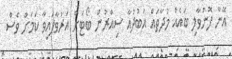
އޭނާ ފޮނުވާލި ބައެއް މުދާތައް އަބުދުއާ ސިއްރުން ބޯޓަށް އަރުވާފައިވާ ކަމަށް ވެސް